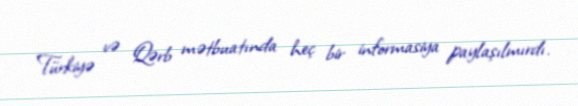
Türkiyə və Qərb mətbuatında heç bir informasiya paylaşılmırdı.